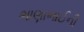
ભાણાભાઈની